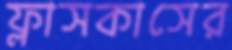
ফ্লাসকাসের